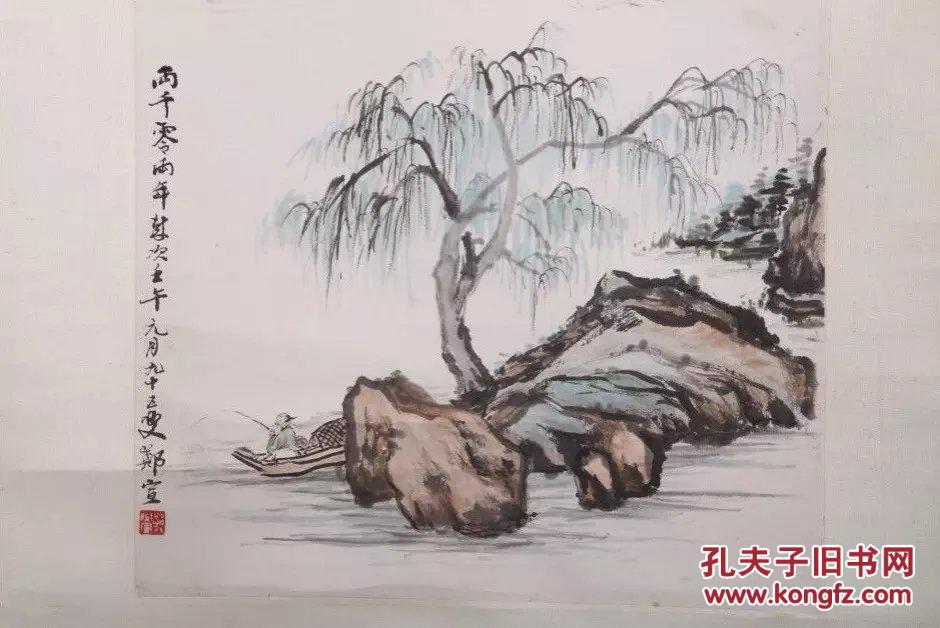
过尽千帆皆不是，斜晖脉脉水悠悠。